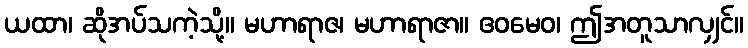
ယထာ၊ ဆိုအပ်သကဲ့သို့။ မဟာရာဇ၊ မဟာရာဇာ။ ဧဝမေဝ၊ ဤအတူသာလျှင်။